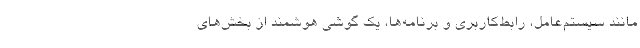
مانند سیستم‌عامل، رابط‌کاربری و برنامه‌ها، یک گوشی هوشمند از بخش‌های